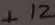
Text: +12